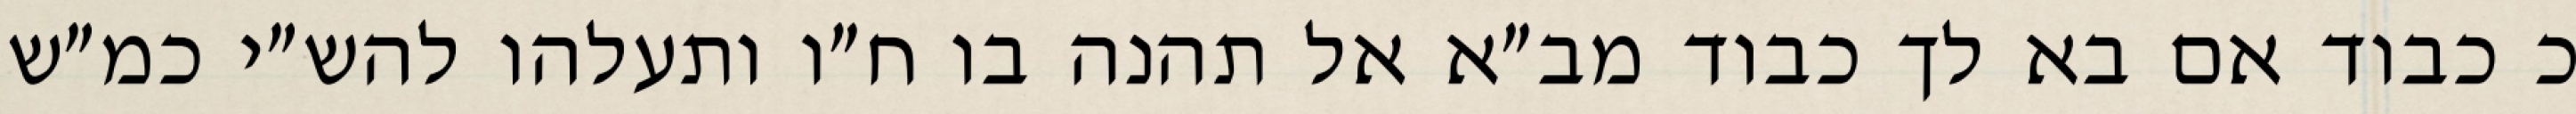
כ כבוד אם בא לך כבוד מב״א אל תהנה בו ח״ו ותעלהו להש״י כמ״ש